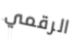
الرقمي